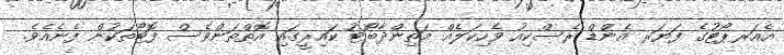
އެއަރޕޯޓުގެ ފަޔަރ އެންޑް ރެސްކިއު ވެހިކަލެއް މަތިންދާބޯޓު ކައިރީގައި އޮތްތަންވެސް ފޮޓޯތަކުން ފެނެއެވެ.